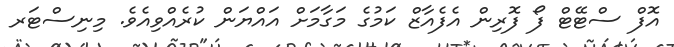
އޮފް ސްޓޭޓް ފޯ ފޮރިން އެފެއާޒް ކަމުގެ މަގާމަށް އައްޔަން ކުރެއްވިއެވެ. މިނިސްޓަރ